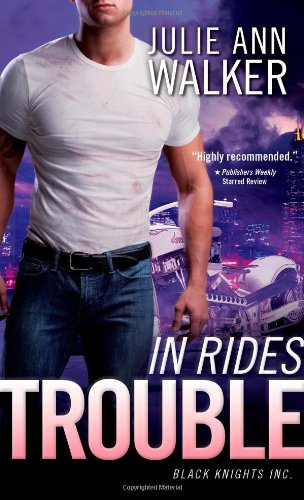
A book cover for In Rides Trouble: Black Knights Inc.; Julie Ann Walker; Romance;